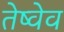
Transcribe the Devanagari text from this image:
तेष्वेव